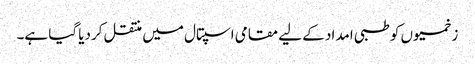
زخمیوں کو طبی امداد کے لیے مقامی اسپتال میں منتقل کردیا گیا ہے۔